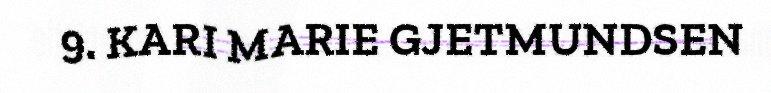
9. KARI MARIE GJETMUNDSEN